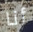
أنا